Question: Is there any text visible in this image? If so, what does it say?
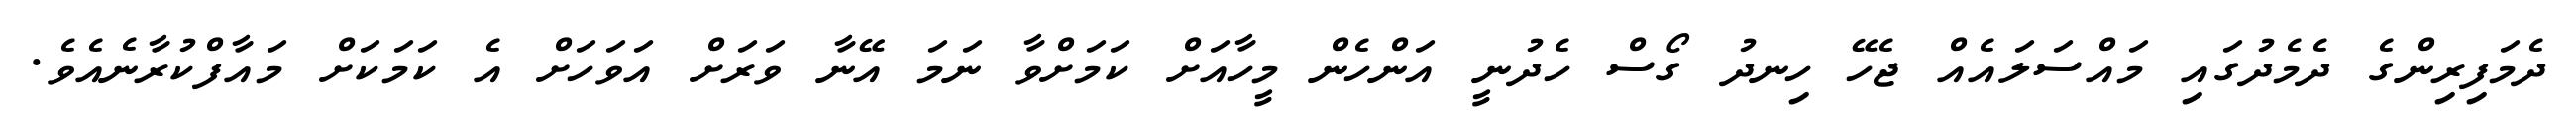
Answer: ދެމަފިރިންގެ ދެމެދުގައި މައްސަލައެއް ޖެހޭ ހިނދު ގޯސް ހެދުނީ އަންހެން މީހާއަށް ކަމަށްވާ ނަމަ އޭނާ ވަރަށް އަވަހަށް އެ ކަމަކަށް މައާފްކުރާނެއެވެ.